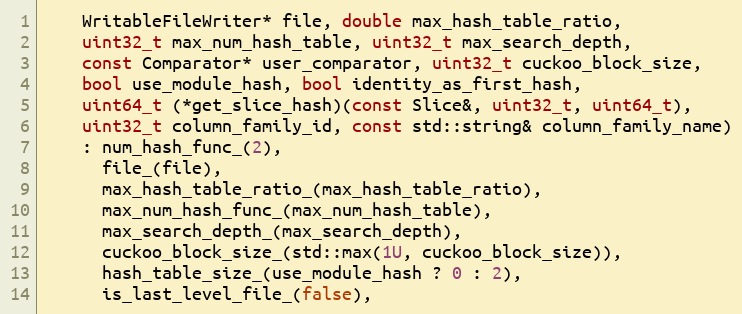
Language: C++
    WritableFileWriter* file, double max_hash_table_ratio,
    uint32_t max_num_hash_table, uint32_t max_search_depth,
    const Comparator* user_comparator, uint32_t cuckoo_block_size,
    bool use_module_hash, bool identity_as_first_hash,
    uint64_t (*get_slice_hash)(const Slice&, uint32_t, uint64_t),
    uint32_t column_family_id, const std::string& column_family_name)
    : num_hash_func_(2),
      file_(file),
      max_hash_table_ratio_(max_hash_table_ratio),
      max_num_hash_func_(max_num_hash_table),
      max_search_depth_(max_search_depth),
      cuckoo_block_size_(std::max(1U, cuckoo_block_size)),
      hash_table_size_(use_module_hash ? 0 : 2),
      is_last_level_file_(false),